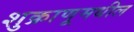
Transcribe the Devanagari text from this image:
शुक्राणूमधील